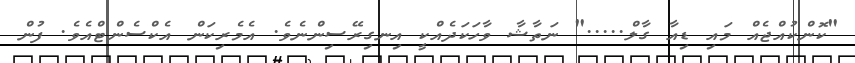
"ކޮންކުއްޖެއް މައި ޑިއާ ގާލް....." ނަތާޝާ ވާހަކަދެއްކީ އިނގިރޭސިންނެވެ. އެމެރިކަން އެކްސެންޓްއެވެ. ފުން